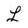
Character: L